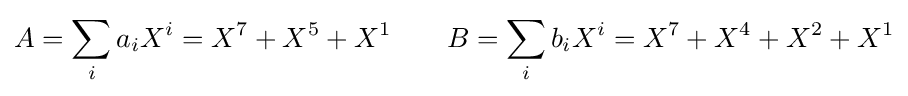
A=\sum _{i}a_{i}X^{i}=X^{7}+X^{5}+X^{1}\qquad B=\sum _{i}b_{i}X^{i}=X^{7}+X^{4}+X^{2}+X^{1}